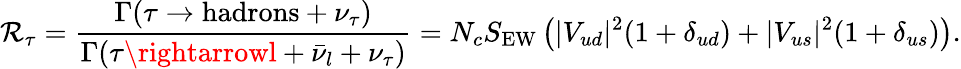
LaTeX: \mathcal{R}_{\tau}=\frac{{\Gamma(\tau\rightarrow\mathrm{{hadrons}}+\nu_{\tau})}}{{\Gamma(\tau\rightarrowl+\bar{{\nu}}_{l}+\nu_{\tau})}}=N_{c}S_{\mathrm{{EW}}}\left(|V_{ud}|^{2}(1+\delta_{ud})+|V_{us}|^{2}(1+\delta_{us})\right).